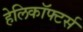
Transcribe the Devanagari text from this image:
हेलिकॉफ्टर्स